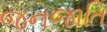
જનજાતિ